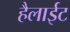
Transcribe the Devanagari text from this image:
हैलाईट